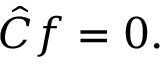
{ \hat { C } } f = 0 .